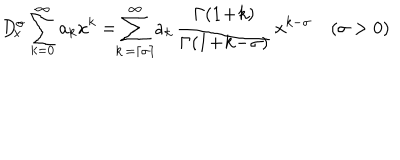
LaTeX: D _ { \! x } ^ { \sigma } \sum _ { k = 0 } ^ { \infty } a _ { k } x ^ { k } = \! \! \sum _ { k \, = \left\lceil \sigma \right\rceil } ^ { \infty } \! a _ { k } \, \frac { \Gamma ( 1 \! + \! k ) } { \Gamma ( 1 \! + \! k \! - \! \sigma ) } \, x ^ { k - \sigma } \quad ( \sigma > 0 )